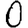
Digit: 0